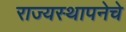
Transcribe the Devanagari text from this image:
राज्यस्थापनेचे